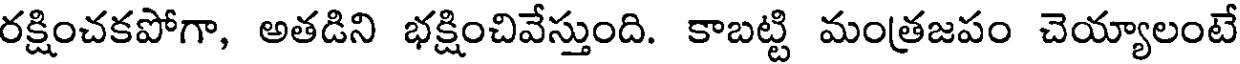
రక్షించకపోగా, అతడిని భక్షించివేస్తుంది. కాబట్టి మంత్రజపం చెయ్యాలంటే